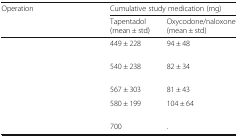
<table><thead><tr><td rowspan="2"><b>Operation</b></td><td colspan="2"><b>Cumulative study medication (mg)</b></td></tr><tr><td><b>Tapentadol(mean ± std)</b></td><td><b>Oxycodone/naloxone(mean ± std)</b></td></tr></thead><tbody><tr><td>[EMPTY_CELL]</td><td>449 ± 228</td><td>94 ± 48</td></tr><tr><td>[EMPTY_CELL]</td><td>540 ± 238</td><td>82 ± 34</td></tr><tr><td>[EMPTY_CELL]</td><td>567 ± 303</td><td>81 ± 43</td></tr><tr><td>[EMPTY_CELL]</td><td>580 ± 199</td><td>104 ± 64</td></tr><tr><td>[EMPTY_CELL]</td><td>700</td><td>.</td></tr></tbody></table>